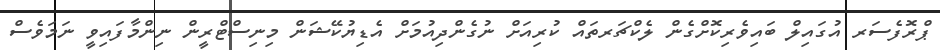
ޕްރޮފެސަރ އުގައިލް ބައިވެރިކޮށްގެން ލެކްޗަރތައް ކުރިއަށް ނުގެންދިއުމަށް އެޑިޔުކޭޝަން މިނިސްޓްރީން ނިންމާފައިވީ ނަމަވެސް